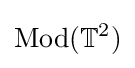
\operatorname {Mod} (\mathbb {T} ^{2})